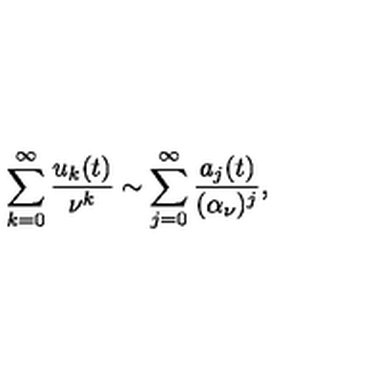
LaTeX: \sum _ { k = 0 } ^ { \infty } { \frac { u _ { k } ( t ) } { \nu ^ { k } } } \sim \sum _ { j = 0 } ^ { \infty } { \frac { a _ { j } ( t ) } { ( \alpha _ { \nu } ) ^ { j } } } ,